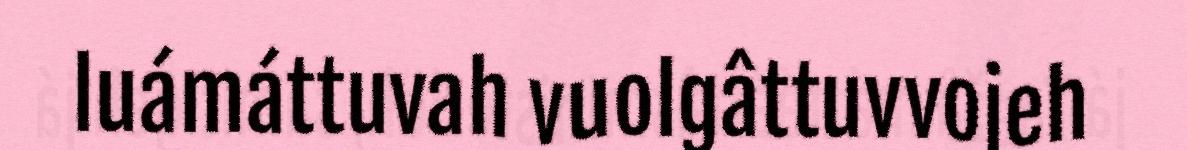
luámáttuvah vuolgâttuvvojeh